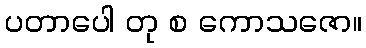
ပတာပေါ တု စ ကောသဇော။